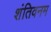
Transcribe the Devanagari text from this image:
शंतिवनम